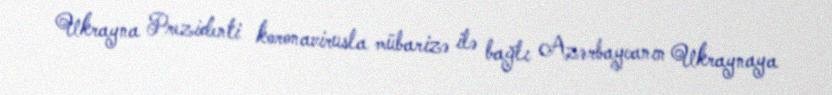
Ukrayna Prezidenti koronavirusla mübarizə ilə bağlı Azərbaycanın Ukraynaya